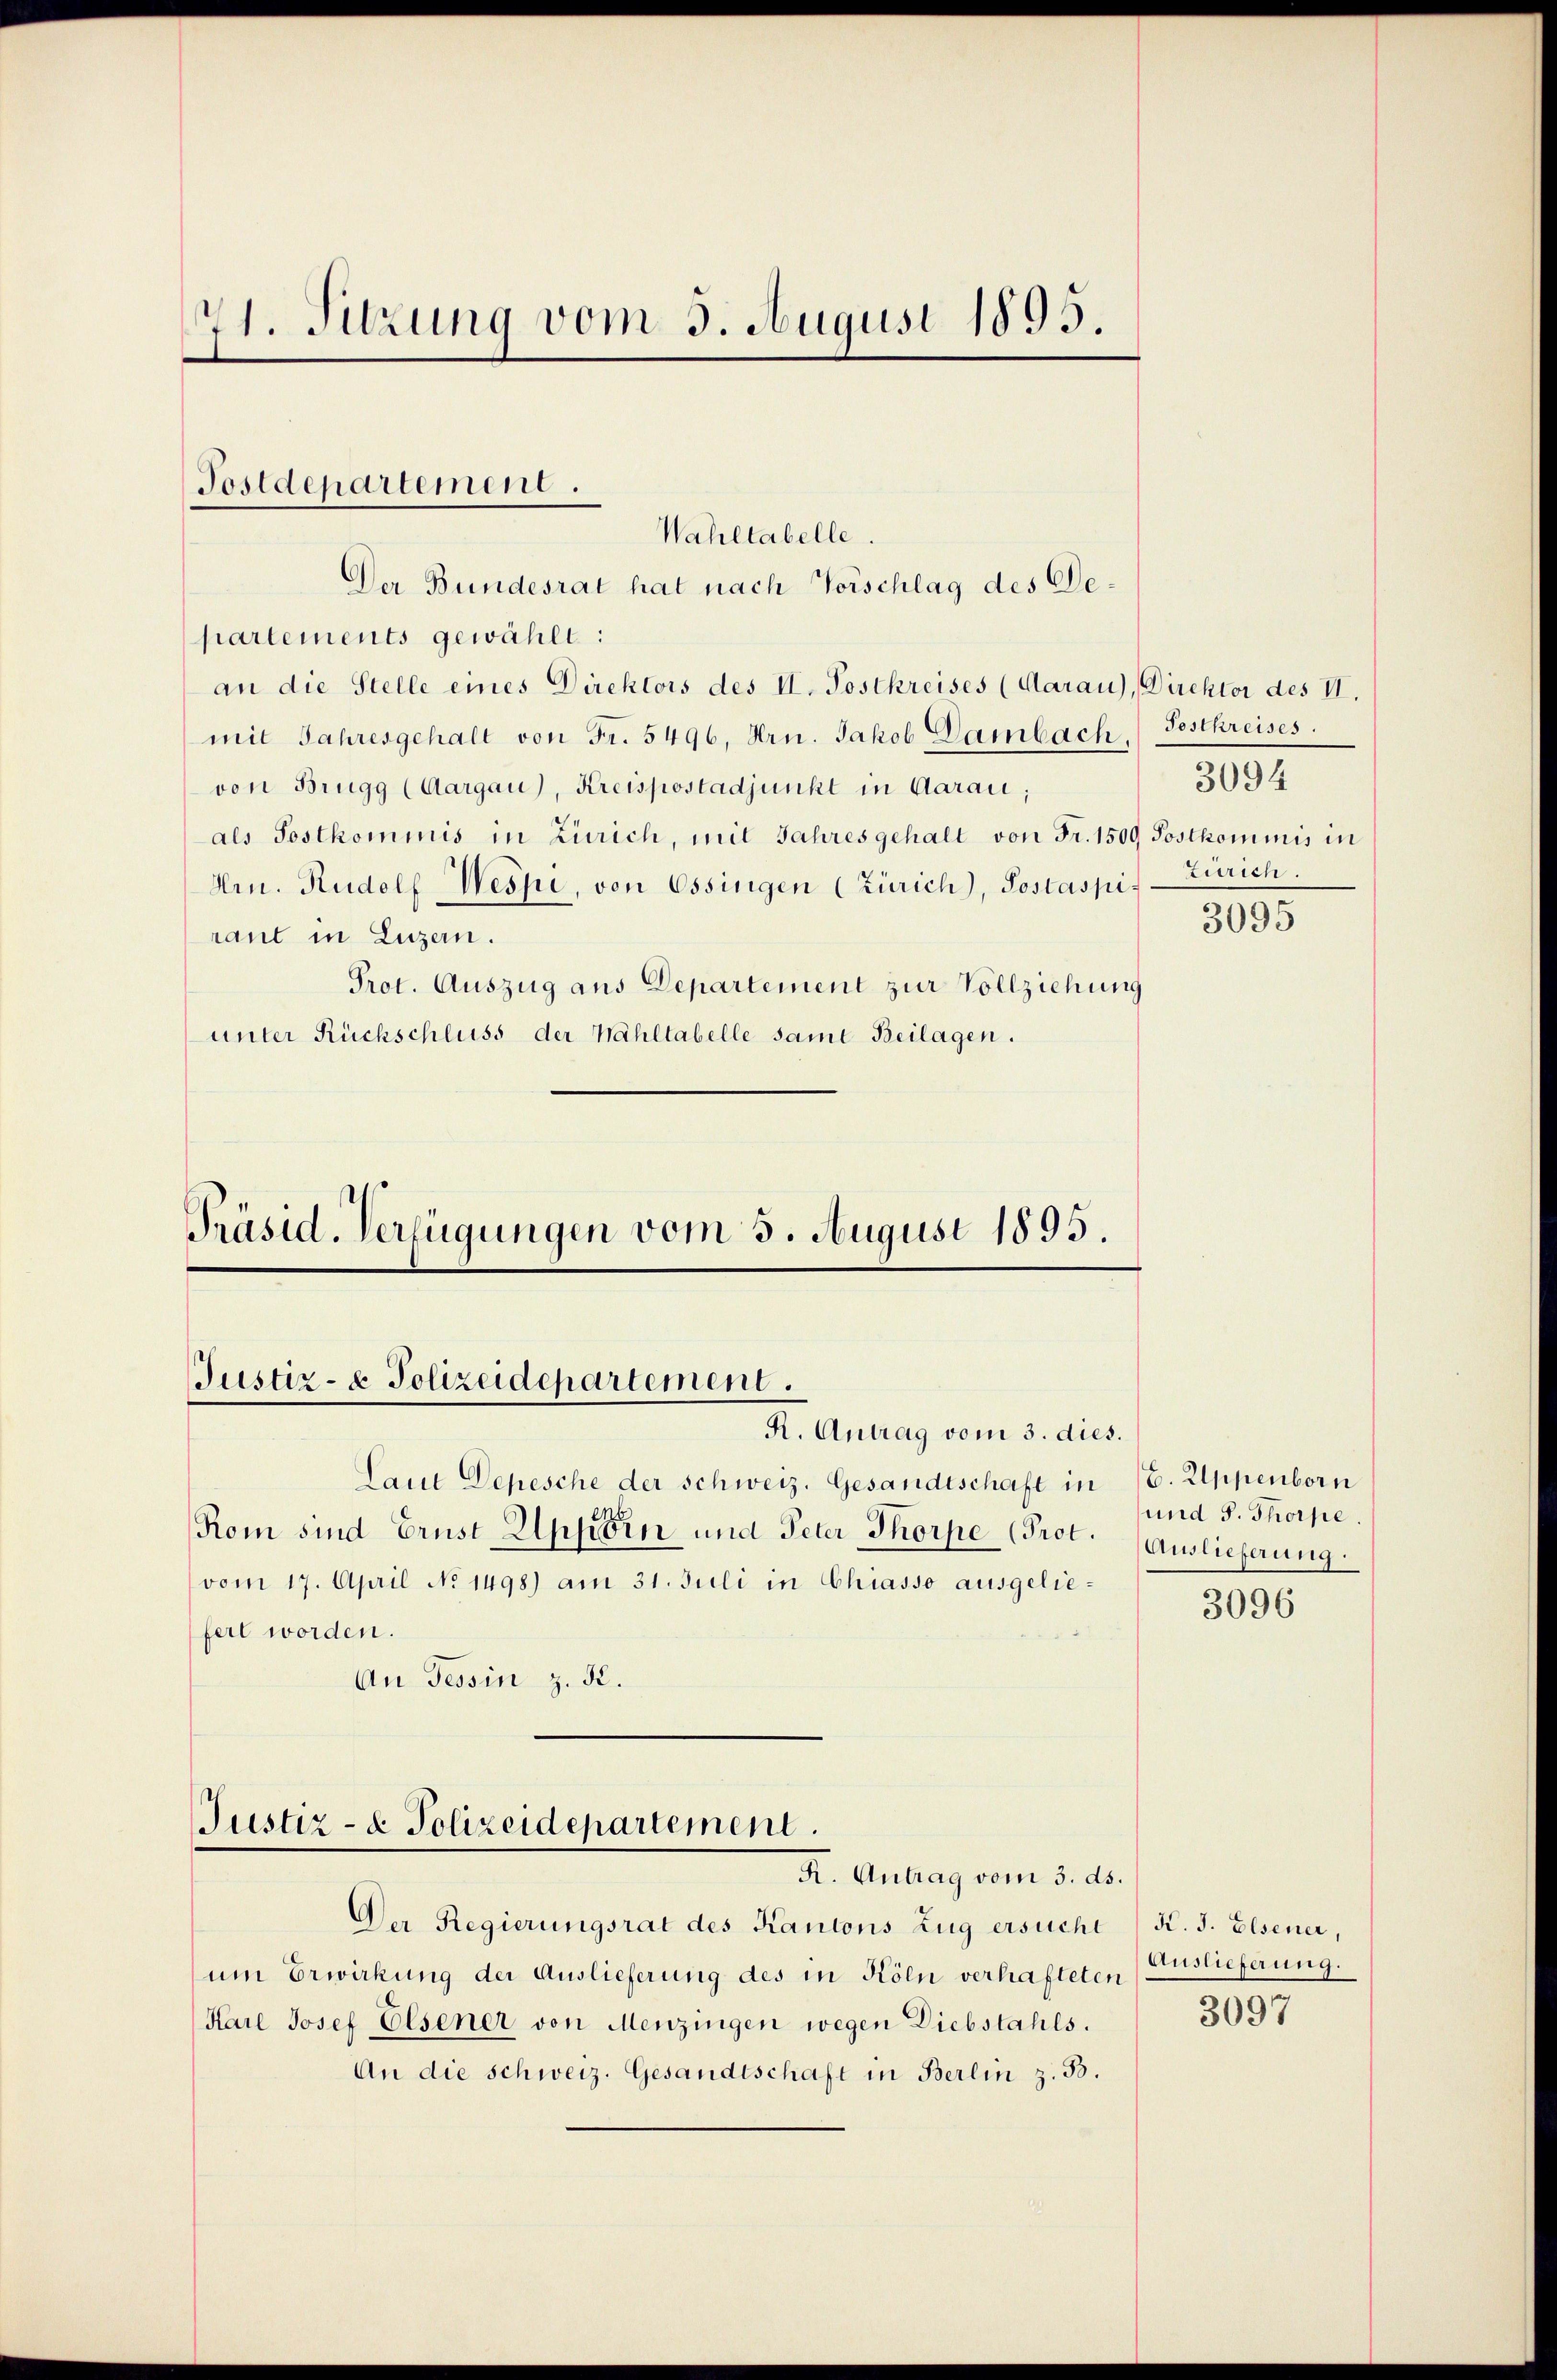
71. Sitzung vom 3. August 1893.

partements gewählt:
an die Stelle eines Direktors des II. Postkreises (Aarau), Direktor des II.
mit Jahresgehalt von Fr. 5496, Hrn. Jakob Dambach Festkreises.
von Brugg (Aargau), Kreispostadjunkt in Aarau;
als Postkommnis in Zürich, mit Jahres gehalt von Fr. 1509 Posthominis in
Hrn. Rudolf Wespe, von Ossingen (Zürich), Postaspiraut in Luzern.
Prot. Auszug aus Departement zur Vollziehung
unter Rückschluss der Wahltabelle samt Beilagen.

Postdepartement.
Wahltabelle.
Der Bundesrat hat nach Vorschlag des De¬

Präsid. Verfügungen vom 5. August 1895.
Justiz- & Polizeidepartement.
R. Antrag vom 3. dies.

Laut Depesche der Schweiz. Gesandtschaft in 16. Appenborn
Rom sind Ernst Uphorn und Peter Thorpe (Prot.
vom 17. April No 1498) am 31. Juli in Chiasso ausgeliefert worden.
An Tessin z. K.

Justiz- & Polizeidepartement.
K. Antrag vom 3. ds.

Der Regierungsrat des Kantons Zug ersucht
um Erwirkung der Auslieferung des in Köln verhafteten
Karl Josef Elsener von Menzingen wegen Diebstahls.
An die schweiz. Gesandtschaft in Berlin z. B.

Zürich.
3095

3094

und S. Thorpe
Auslieferung.
3096

K. J. Elsener,
Auslieferung.
3097